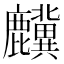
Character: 𲎎